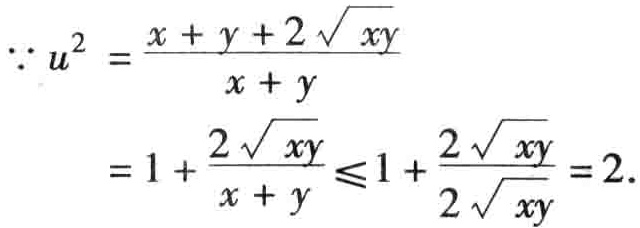
\[
\begin{align*}
\because u^{2}&=\frac{x + y + 2\sqrt{xy}}{x + y}\\
&=1+\frac{2\sqrt{xy}}{x + y}\leqslant1+\frac{2\sqrt{xy}}{2\sqrt{xy}} = 2.
\end{align*}
\]